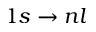
1 s \rightarrow n l